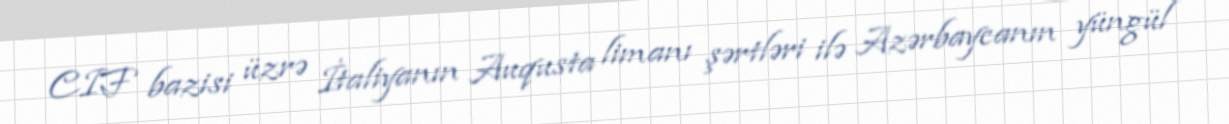
CIF bazisi üzrə İtaliyanın Auqusta limanı şərtləri ilə Azərbaycanın yüngül